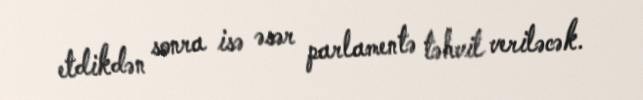
etdikdən sonra isə əsər parlamentə təhvil veriləcək.